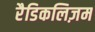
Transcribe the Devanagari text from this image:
रैडिकलिज़म